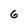
Character: 6